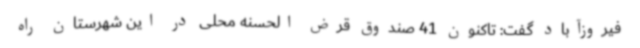
فیروزآباد گفت: تاکنون 41 صندوق قرض الحسنه محلی در این شهرستان راه